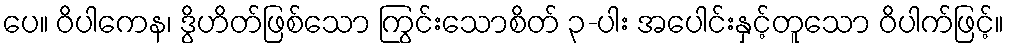
ပေ။ ဝိပါကေန၊ ဒွိဟိတ်ဖြစ်သော ကြွင်းသောစိတ် ၃-ပါး အပေါင်းနှင့်တူသော ဝိပါက်ဖြင့်။